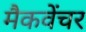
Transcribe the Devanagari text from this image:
मैकवेंचर